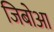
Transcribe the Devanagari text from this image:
जिबोआ